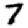
Digit: 7